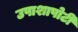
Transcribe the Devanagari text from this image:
उपाशापोटी